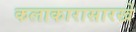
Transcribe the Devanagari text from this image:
कलाकारासारखे